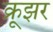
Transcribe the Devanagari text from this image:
क्रूझर